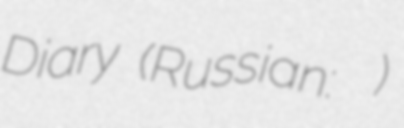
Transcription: Diary (Russian: Блокадный дневник)